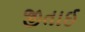
જીતાઈ